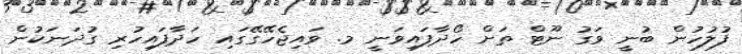
ފުލުހުން ބުނީ ވަގު ނޫޓް ތަށް ހޯދާފައިވަނީ މ. ވައިޖެހޭގޭގައި ހަދާފައިހުރި ގުދަނަކުން